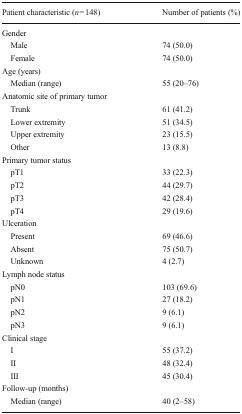
<table><thead><tr><td><b>Patient characteristic (<i>n</i> = 148)</b></td><td><b>Number of patients (%)</b></td></tr></thead><tbody><tr><td colspan="2">Gender</td></tr><tr><td> Male</td><td>74 (50.0)</td></tr><tr><td> Female</td><td>74 (50.0)</td></tr><tr><td colspan="2">Age (years)</td></tr><tr><td> Median (range)</td><td>55 (20–76)</td></tr><tr><td colspan="2">Anatomic site of primary tumor</td></tr><tr><td> Trunk</td><td>61 (41.2)</td></tr><tr><td> Lower extremity</td><td>51 (34.5)</td></tr><tr><td> Upper extremity</td><td>23 (15.5)</td></tr><tr><td> Other</td><td>13 (8.8)</td></tr><tr><td colspan="2">Primary tumor status</td></tr><tr><td> pT1</td><td>33 (22.3)</td></tr><tr><td> pT2</td><td>44 (29.7)</td></tr><tr><td> pT3</td><td>42 (28.4)</td></tr><tr><td> pT4</td><td>29 (19.6)</td></tr><tr><td colspan="2">Ulceration</td></tr><tr><td> Present</td><td>69 (46.6)</td></tr><tr><td> Absent</td><td>75 (50.7)</td></tr><tr><td> Unknown</td><td>4 (2.7)</td></tr><tr><td colspan="2">Lymph node status</td></tr><tr><td> pN0</td><td>103 (69.6)</td></tr><tr><td> pN1</td><td>27 (18.2)</td></tr><tr><td> pN2</td><td>9 (6.1)</td></tr><tr><td> pN3</td><td>9 (6.1)</td></tr><tr><td colspan="2">Clinical stage</td></tr><tr><td> I</td><td>55 (37.2)</td></tr><tr><td> II</td><td>48 (32.4)</td></tr><tr><td> III</td><td>45 (30.4)</td></tr><tr><td colspan="2">Follow-up (months)</td></tr><tr><td> Median (range)</td><td>40 (2–58)</td></tr></tbody></table>